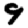
Digit: 9